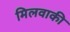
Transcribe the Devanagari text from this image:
मिलवाकी